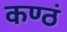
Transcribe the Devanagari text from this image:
कण्ठं